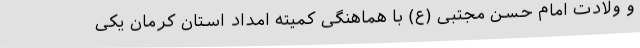
و ولادت امام حسن مجتبی (ع) با هماهنگی کمیته امداد استان کرمان یکی